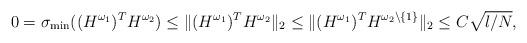
LaTeX: \begin{align*}0 = \sigma_{\min}((H^{\omega_1})^T H^{\omega_2}) \leq \| (H^{\omega_1})^T H^{\omega_2} \|_2 \leq \| (H^{\omega_1})^T H^{\omega_2\backslash \{1\}}\|_2 \leq C \sqrt {l/N},\end{align*}